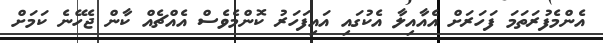
އެންމެފުރަތަމަ ފަހަރަށް އެއާއިލާ އެކުގައި އައިފަހަރު ކޮންމެވެސް އެއްޗެއް ކާން ޖެހޭނެ ކަމަށް